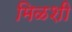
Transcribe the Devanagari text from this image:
मिळशी